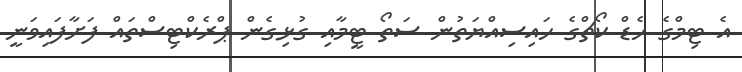
އެ ޓިމްގެ ހެޑް ކޯޗްގެ ހައިސިއްޔަތުން ސަތޯ ޓީމާއި ގުޅިގެން ޕްރެކްޓިސްތައް ފަށާފައިވަނީ